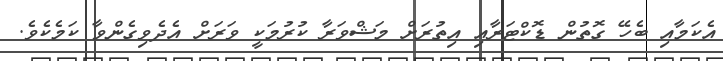
އެކަމާއި ބެހޭ ގޮތުން ޑޮކްޓަރާއި އިތުރަށް މަޝްވަރާ ކުރުމަކީ ވަރަށް އެދެވިގެންވާ ކަމެކެވެ.